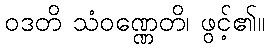
ဝဒတိ သံဝဏ္ဏေတိ၊ ဖွင့်၏။